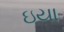
ઇયા